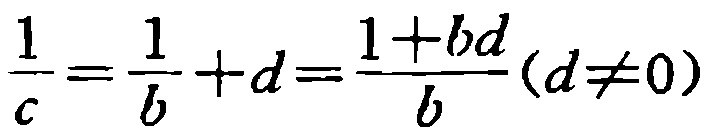
$\frac{1}{c}=\frac{1}{b}+d=\frac{1 + bd}{b}(d\neq0)$